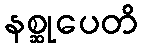
နစ္ဆုပေတိ